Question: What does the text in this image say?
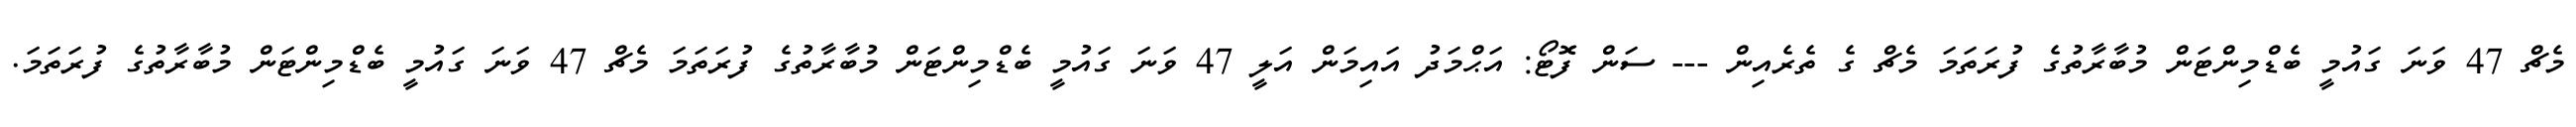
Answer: މެޗް 47 ވަނަ ގައުމީ ބެޑްމިންޓަން މުބާރާތުގެ ފުރަތަމަ މެޗް ގެ ތެރެއިން --- ސަން ފޮޓޯ: އަޙްމަދު އައިމަން އަލީ 47 ވަނަ ގައުމީ ބެޑްމިންޓަން މުބާރާތުގެ ފުރަތަމަ މެޗް 47 ވަނަ ގައުމީ ބެޑްމިންޓަން މުބާރާތުގެ ފުރަތަމަ.